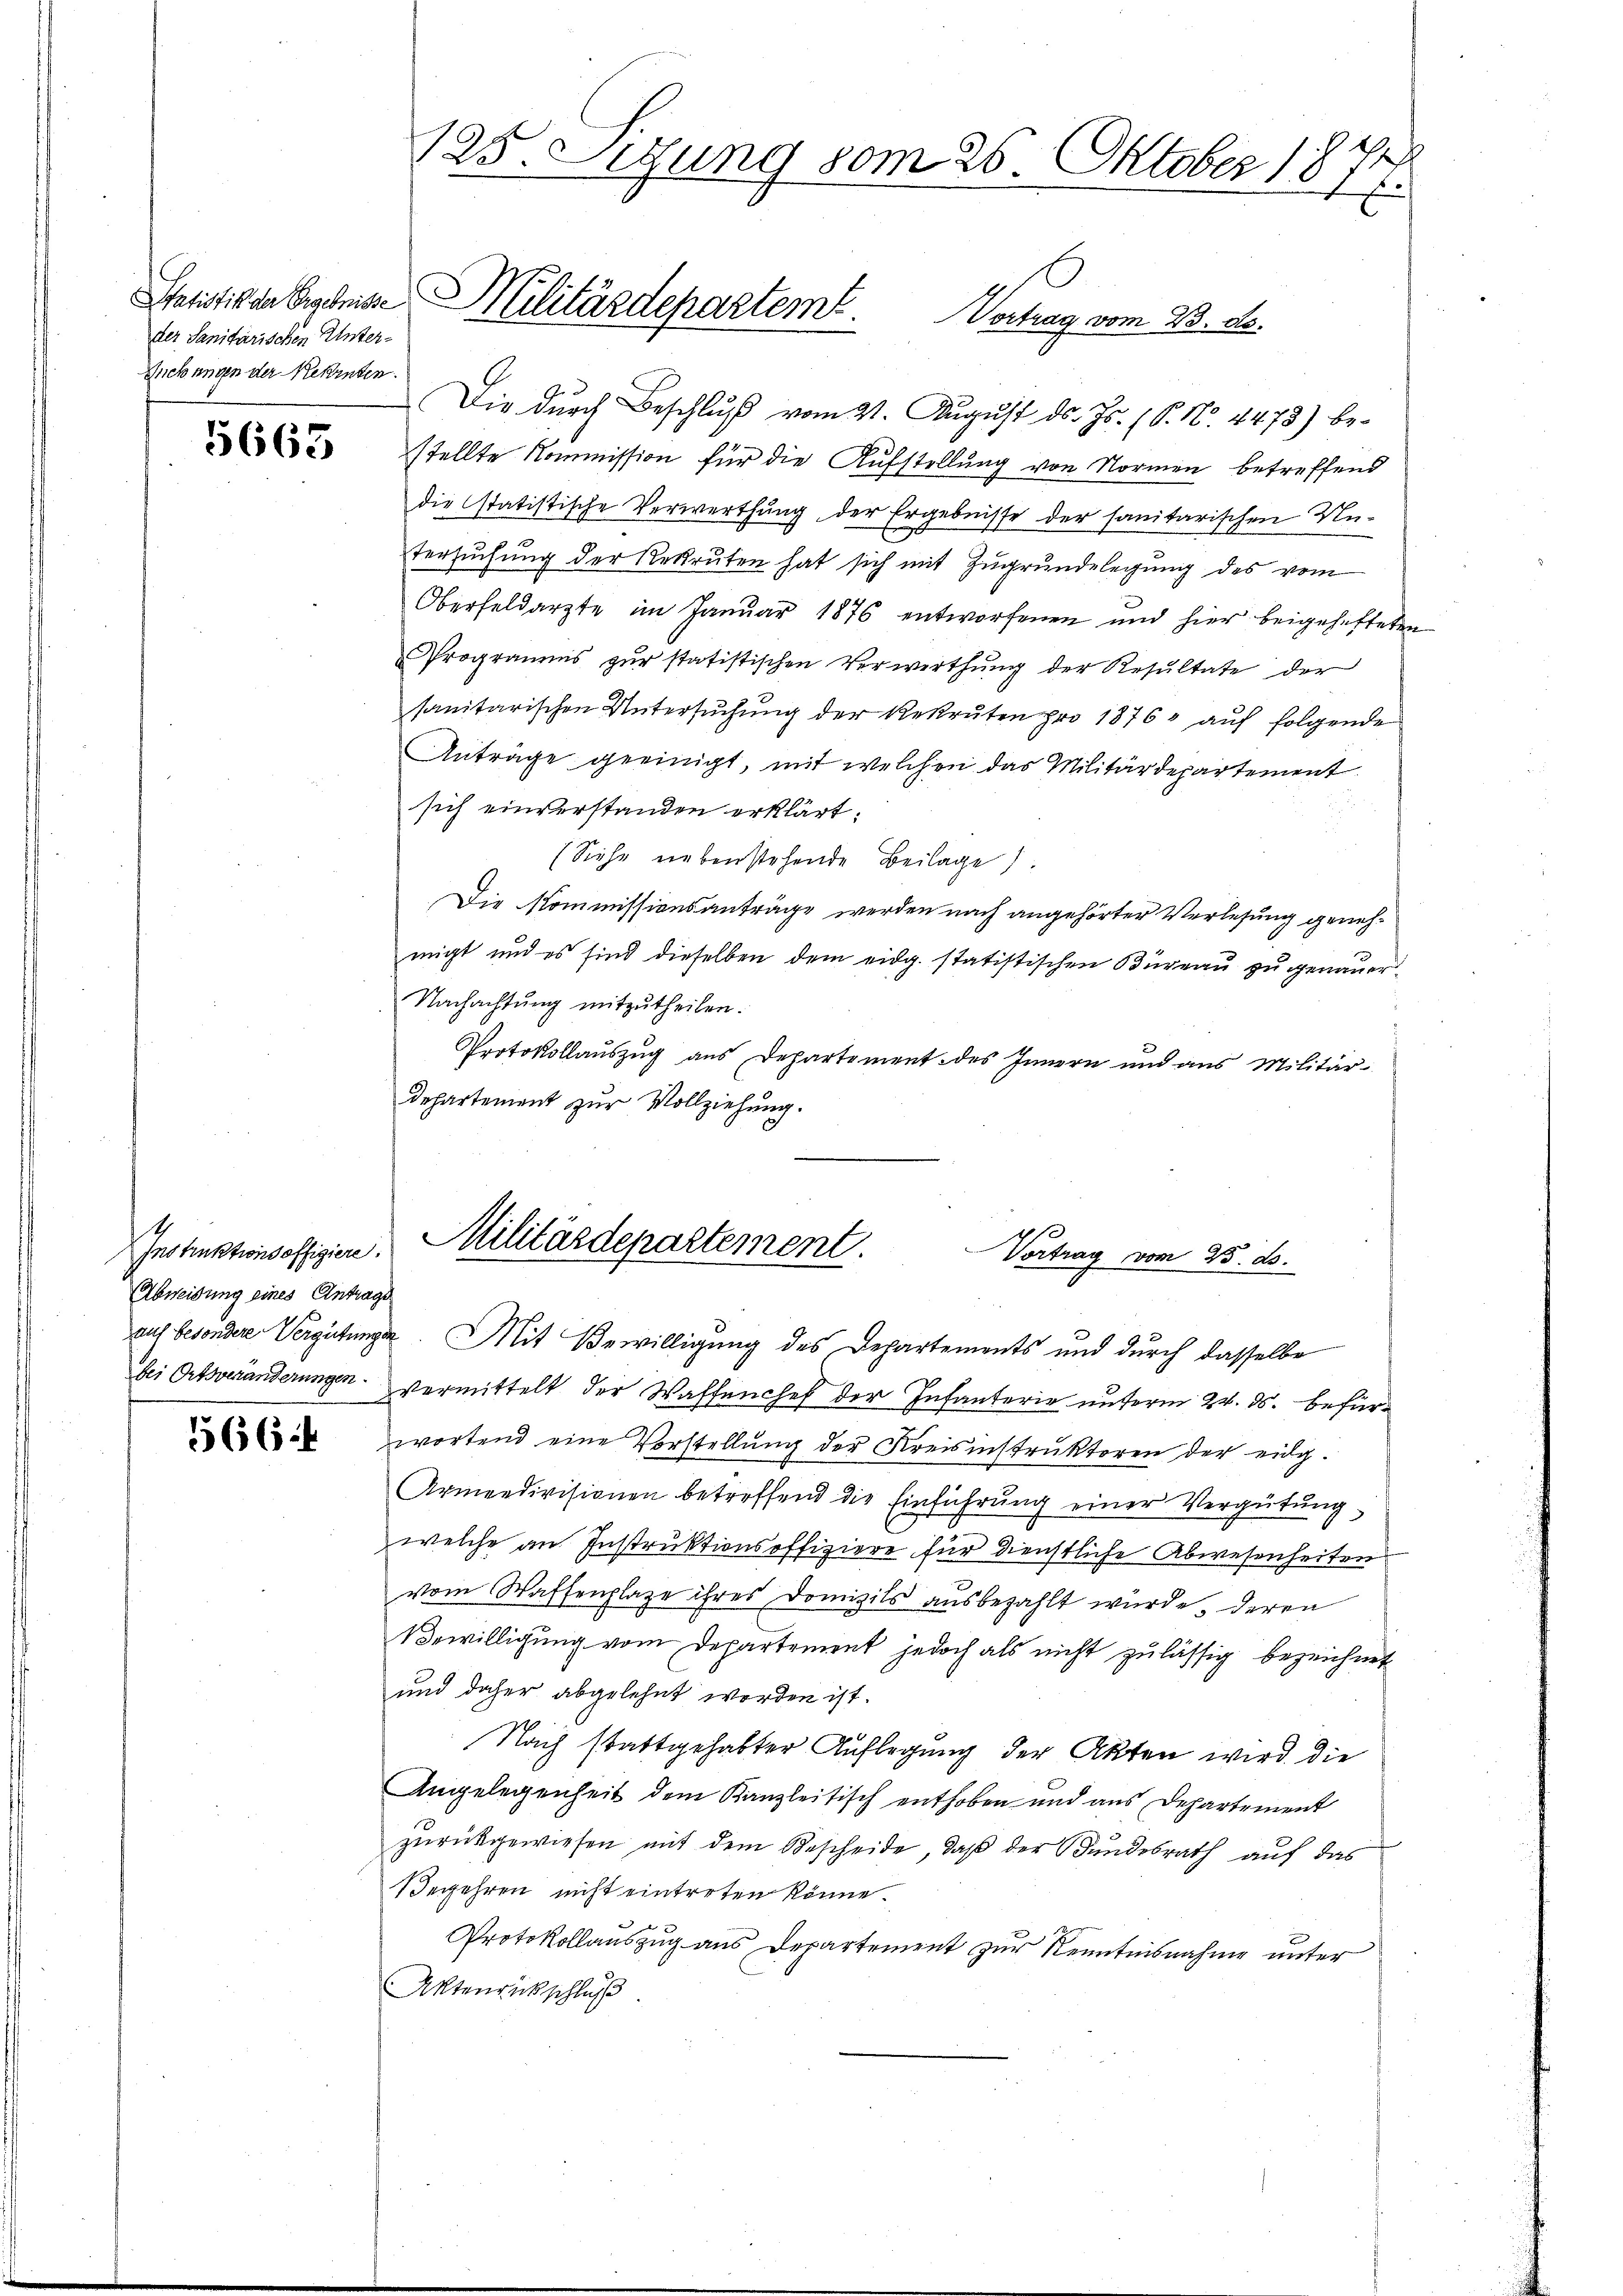
der Sanitarischen Unter-
Rickungen der Rekruten.

5663

Instruktionsoffigiere.
Abweisung eines Antrage

566.

125. Setzung vom 26. Oktober 1874.

Die durch Beschluss vom 31. August ds. Js. (S. Nr. 4478) bestellte Kommission für die Aufstellung von Normen betreffend
die statistische Verwerthung, der Ergebnisse der sanitarischen Untersuchung der Rekruten hat sich mit Zugrundelegung des vom
Oberfeldarzte im Januar 1876 entworfenen und hier beigehefteten
Programms zŭr statistischen Verwerthŭng der Resŭltate der
sanitarischen Untersuchung der Rekruten pro 1876 auf folgende
Anträge geeinigt, mit welchen das Militärdepartement
sich einverstanden erklärt:
(Siehe nebenstehende Beilage).
Die Kommissionsanträge werden nach angehörter Verlesung genehmigt und es sind dieselben dem eidg. statistischen Büreau zu genauer
Nachachtung mitzutheilen.
Protokollauszug aus Departement des Innern und aus Militär-
Departement zur Vollziehung.

Statistis der Ergebnisse Militärdepartemt. Vortrag vom 23. d.

Militärdepartement.
Vortrag vom 25. d.
x
auf besondere Vergütungen. Mit Bewilligung des Departements und durch dasselbe

bei Ortsveränderungen. Vermittelt der Waffenchef der Infanterie unterm 24. ds. befürwortend eine Vorstellung der Kreisinstruktoren der eidg.
Armendivisionen betreffend die Einführung einer Vergütung,
welche an Instruktionsoffiziere für dienstliche Abwesenheiten
vom Waffenplaze ihres Domizils ausbezahlt wurde, deren
Vewilligung vom Departement jedoch als nicht zulässig bezeichnet
und daher abgelehnt worden ist.
Nach stattgehabter Auflegung der Akten wird die
Angelegenheit dem Kanzleitisch enthoben und aus Departement
zurückgewiesen mit dem Bescheide, daß der Bundesrath auf das
Begehren nicht eintreten könne.
Protokollauszug aus Departement zur Kenntnisnahme unter
Aktenrückschluß